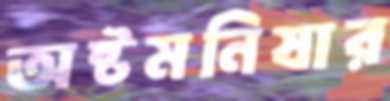
অষ্টমনিষার